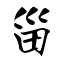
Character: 甾